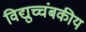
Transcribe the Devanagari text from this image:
विद्युच्चंबकीय